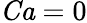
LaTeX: \mathit{Ca}=0